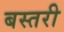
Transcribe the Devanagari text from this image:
बस्तरी